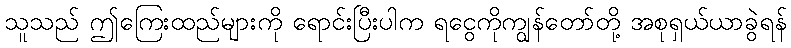
သူသည် ဤကြေးထည်များကို ရောင်းပြီးပါက ရငွေကိုကျွန်တော်တို့ အစုရှယ်ယာခွဲရန်